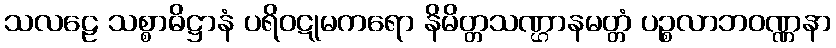
သလဠေ သစ္စာဓိဋ္ဌာနံ ပရိဝဋုမကရော နိမိတ္တသဏ္ဌာနမတ္တံ ပဉ္စလာဘဝဏ္ဏနာ